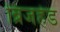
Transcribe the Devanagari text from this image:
ब्रिजहेड